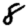
Digit: 8